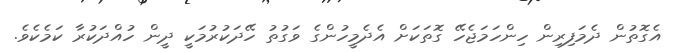
އެގޮތުން ދެމަފިރިން ހިންހަމަޖެހޭ ގޮތަކަށް އެދެމީހުންގެ ވަގުތު ހޭދަކުރުމަކީ ދީން ހުއްދަކުރާ ކަމެކެވެ.